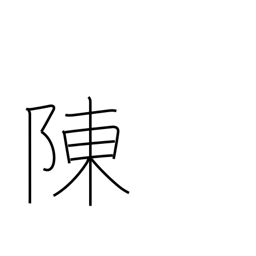
Meaning: explain